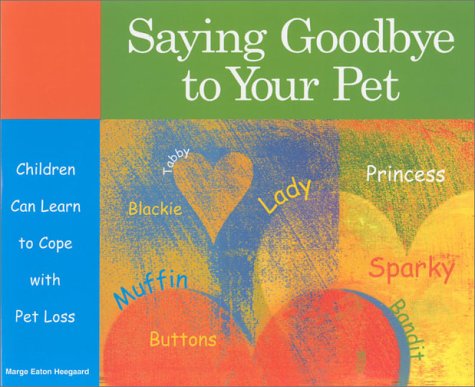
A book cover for Saying Goodbye to Your Pet: Children Can Learn to Cope with Pet Loss; Marge Heegaard; Crafts, Hobbies & Home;